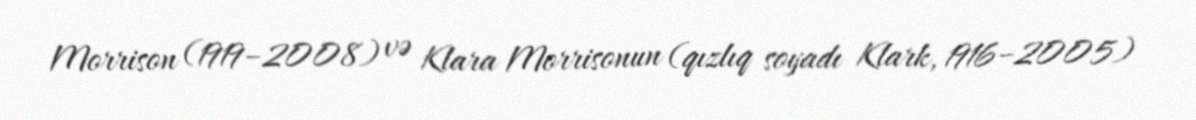
Morrison (1919–2008) və Klara Morrisonun (qızlıq soyadı Klark, 1916–2005)